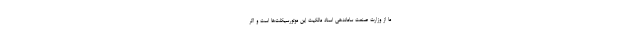
ما از وزارت صنعت ساماندهی اسناد مالکیت این موتورسیکلت‌ها است و اگر